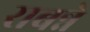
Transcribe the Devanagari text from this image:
राबन्ने